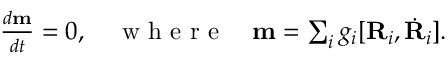
\begin{array} { r } { \frac { d { \bf m } } { d t } = 0 , \quad \mathrm { ~ w ~ h ~ e ~ r ~ e ~ } \quad { \bf m } = \sum _ { i } g _ { i } [ { \bf R } _ { i } , \dot { \bf R } _ { i } ] . } \end{array}